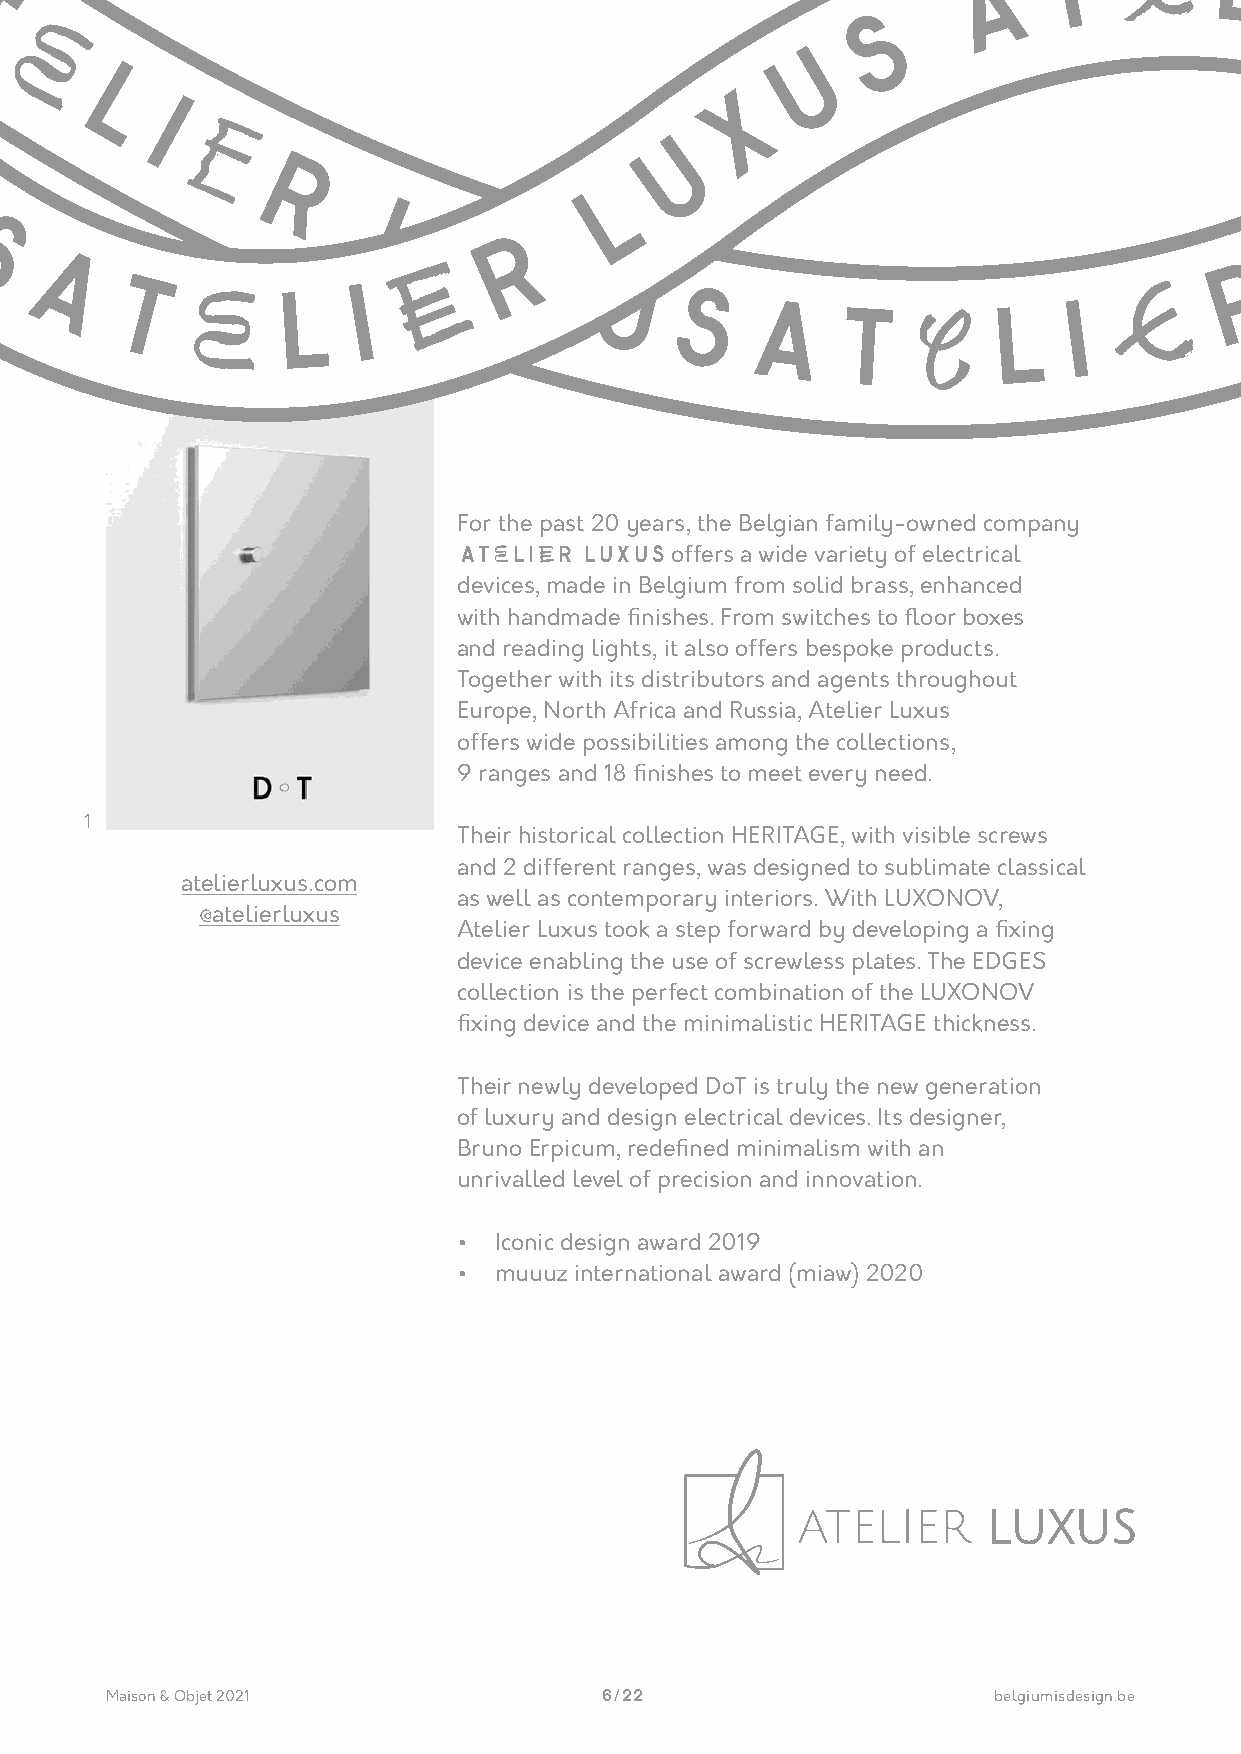
E
 T         L
 A                                                               A                  I
 E
 T                                                        S
 R
 L                                                    U
 E
 L                                             X
 U       I
 U
 E
 X
 R                        L
 U
 L
 R
 S                          U
 E     X                                               R
 A
 T    EL          I             U     S    ATEL                  I  E
 For the past 20 years, the Belgian family-owned company
 ATELIER LUXUS offers a wide variety of electrical
 devices, made in Belgium from solid brass, enhanced
 with handmade finishes. From switches to floor boxes
 and reading lights, it also offers bespoke products.
 Together with its distributors and agents throughout
 Europe, North Africa and Russia, Atelier Luxus
 offers wide possibilities among the collections,
 9 ranges and 18 finishes to meet every need.
 1
 Their historical collection HERITAGE, with visible screws
 and 2 different ranges, was designed to sublimate classical
 atelierluxus.com
 as well as contemporary interiors. With LUXONOV,
 @atelierluxus
 Atelier Luxus took a step forward by developing a fixing
 device enabling the use of screwless plates. The EDGES
 collection is the perfect combination of the LUXONOV
 fixing device and the minimalistic HERITAGE thickness.
 Their newly developed DoT is truly the new generation
 of luxury and design electrical devices. Its designer,
 Bruno Erpicum, redefined minimalism with an
 unrivalled level of precision and innovation.
 •  Iconic design award 2019
 •  muuuz international award (miaw) 2020
 Maison & Objet 2021              6 / 22                    belgiumisdesign.be